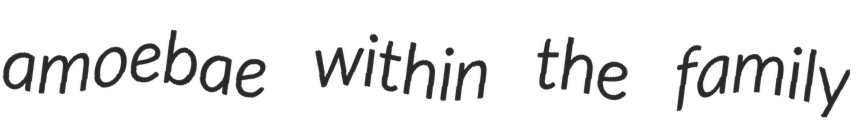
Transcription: amoebae within the family